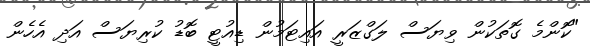
"ކޮންމެ ގޮތަކުން ވިޔަސް ލަގްޒަރީ އައިޓަމުން ޑިއުޓީ ބޮޑު ކުރިޔަސް އަދި އެހެން